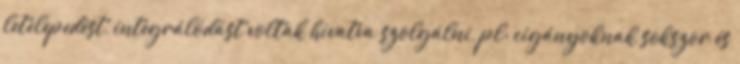
letelepedést, integrálódást voltak hivatva szolgálni, pl: cigányoknak sokszor és